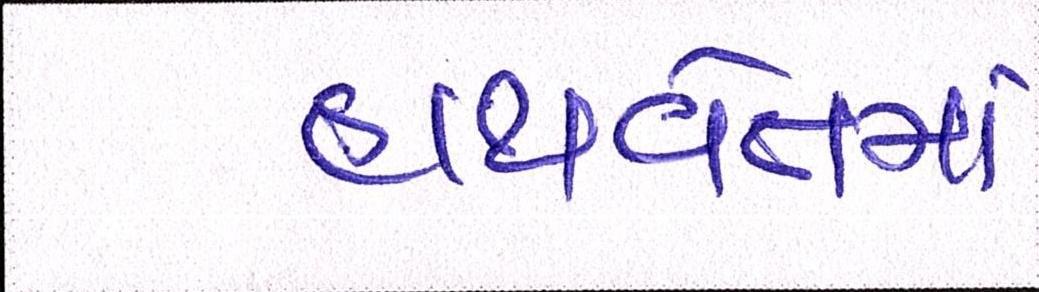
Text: હાથવેતમા